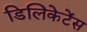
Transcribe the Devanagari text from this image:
डिलिकेटेंस